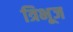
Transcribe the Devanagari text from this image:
त्रिभूज